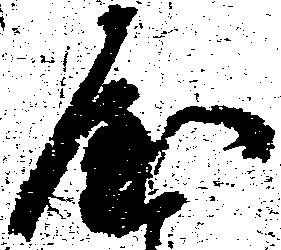
や